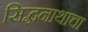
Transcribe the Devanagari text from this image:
सिद्धनाथाचा